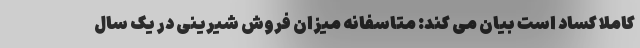
کاملا کساد است بیان مى کند: متاسفانه میزان فروش شیرینى در یک سال